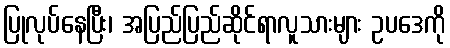
ပြုလုပ်နေပြီး၊ အပြည်ပြည်ဆိုင်ရာလူသားများ ဥပဒေကို